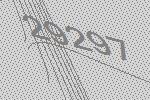
29297